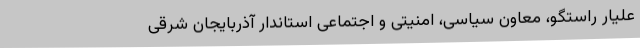
علیار راستگو، معاون سیاسی، امنیتی و اجتماعی استاندار آذربایجان شرقی